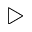
\triangleright